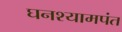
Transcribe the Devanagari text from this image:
घनश्यामपंत